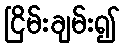
ငြိမ်းချမ်း၍